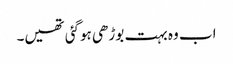
اب وہ بہت بوڑھی ہوگئی تھیں۔